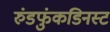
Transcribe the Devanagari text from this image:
रुंडफुंकडिनस्ट